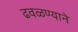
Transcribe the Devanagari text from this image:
ढवळण्याने